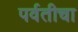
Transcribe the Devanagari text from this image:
पर्वतीचा